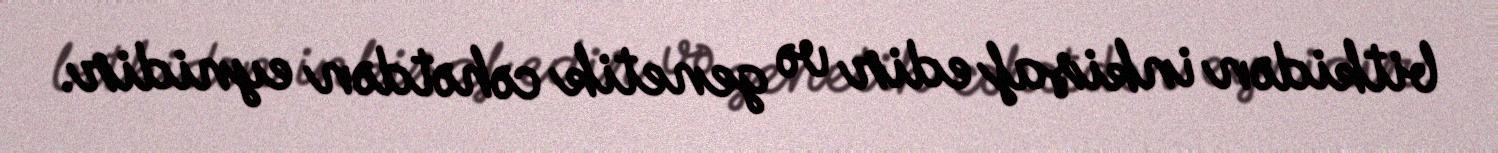
bitkidən inkişaf edir və genetik cəhətdən eynidir.